Vaccination in Burma 1920-1933 - 1920-1933
Year: 1920
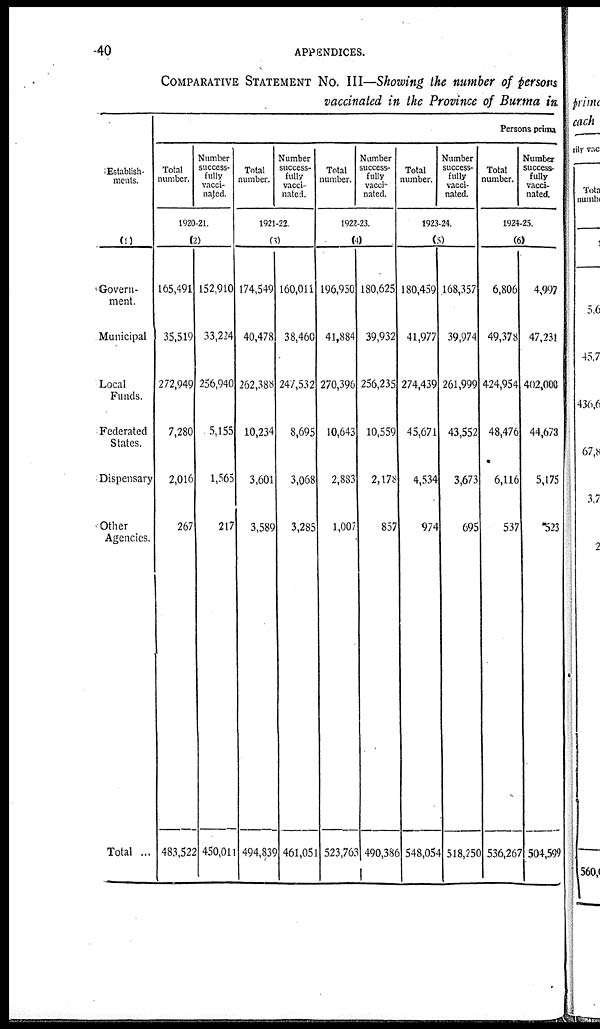
40
APPENDICES.
COMPARATIVE STATEMENT No. III—Showing the number of persons
vaccinated in the Province of Burma in
Establish-
ments.
(1)
Govern-
ment.
Municipal
Local
Funds.
Federated
States.
Dispensary
Other
Agencies.
Total ...
Persons prima
Total
number.
Number
success-
fully
vacci-
nated.
1920-21.
(2)
165,491
35,519
272,949
7,280
2,016
267
483,522
152,910
33,224
256,940
5,155
1,565
217
450,011
Total
number.
Number
success-
fully
vacci-
nated.
1921-22.
(3)
174,549
40,478
262,388
10,234
3,601
3,589
494,8,39
160,011
38,460
247,532
8,695
3,068
3,285
461,051
Total
number.
Number
success-
fully
vacci-
nated.
1922-23.
(4)
196,950
41,884
270,396
10,643
2,883
1,007
523,763
180,625
39,932
256,235
10,559
2,178
857
490,386
Total
number.
Number
success-
fully
vacci-
nated.
1923-24.
(5)
180,459
41,977
274,439
45,671
4,534
974
548,054
168,357
39,974
261,999
43,552
3,673
695
518,250
Total
number.
Number
success-
fully
vacci-
nated.
1924-25.
(6)
6,806
49,378
424,954
48,476
6,116
537
536,267
4,997
47,231
402,006
44,673
5,175
523
504,599